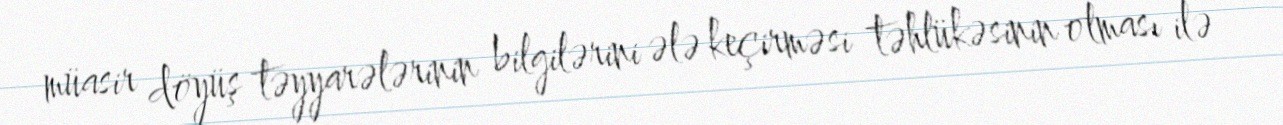
müasir döyüş təyyarələrinin bilgilərini ələ keçirməsi təhlükəsinin olması ilə